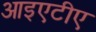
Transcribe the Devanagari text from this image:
आइएटीए